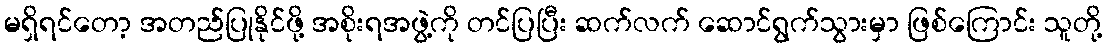
မရှိရင်တော့ အတည်ပြုနိုင်ဖို့ အစိုးရအဖွဲ့ကို တင်ပြပြီး ဆက်လက် ဆောင်ရွက်သွားမှာ ဖြစ်ကြောင်း သူတို့